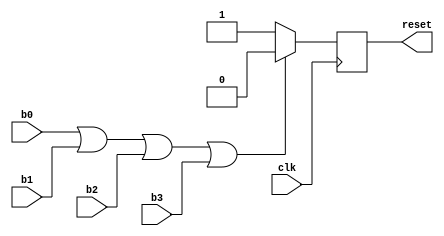
module send_reset(
	input clk,
	input b0,
	input b1,
	input b2,
	input b3,
	output reg reset
	);
	
	always @(posedge clk) begin
		if(b0 | b1 | b2 | b3)
			reset <= 0;
		else
			reset <= 1;
	end
	
endmodule